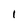
Character: 1